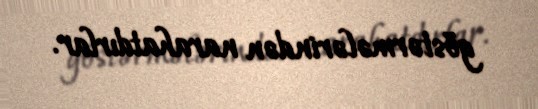
göstərmələrindən narahatdırlar.